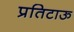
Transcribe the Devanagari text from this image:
प्रतिटाऊ